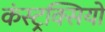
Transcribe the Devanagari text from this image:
कंस्ट्रक्सियो